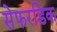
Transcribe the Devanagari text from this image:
सेफरडिक